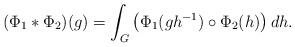
LaTeX: \begin{align*}(\Phi_1*\Phi_2)(g)=\int_G\left(\Phi_1(gh^{-1})\circ\Phi_2(h)\right)dh.\end{align*}